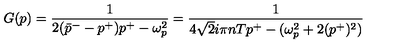
G ( p ) = \frac { 1 } { 2 ( \bar { p } ^ { - } - p ^ { + } ) p ^ { + } - \omega _ { p } ^ { 2 } } = \frac { 1 } { 4 \sqrt { 2 } i \pi n T p ^ { + } - ( \omega _ { p } ^ { 2 } + 2 ( p ^ { + } ) ^ { 2 } ) }